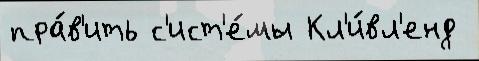
пра́в'ить с'ист'е́мы Кл'и́вл'енд